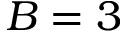
B = 3